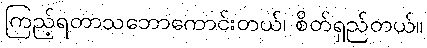
ကြည့်ရတာသဘောကောင်းတယ်၊ စိတ်ရှည်တယ်။